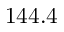
1 4 4 . 4